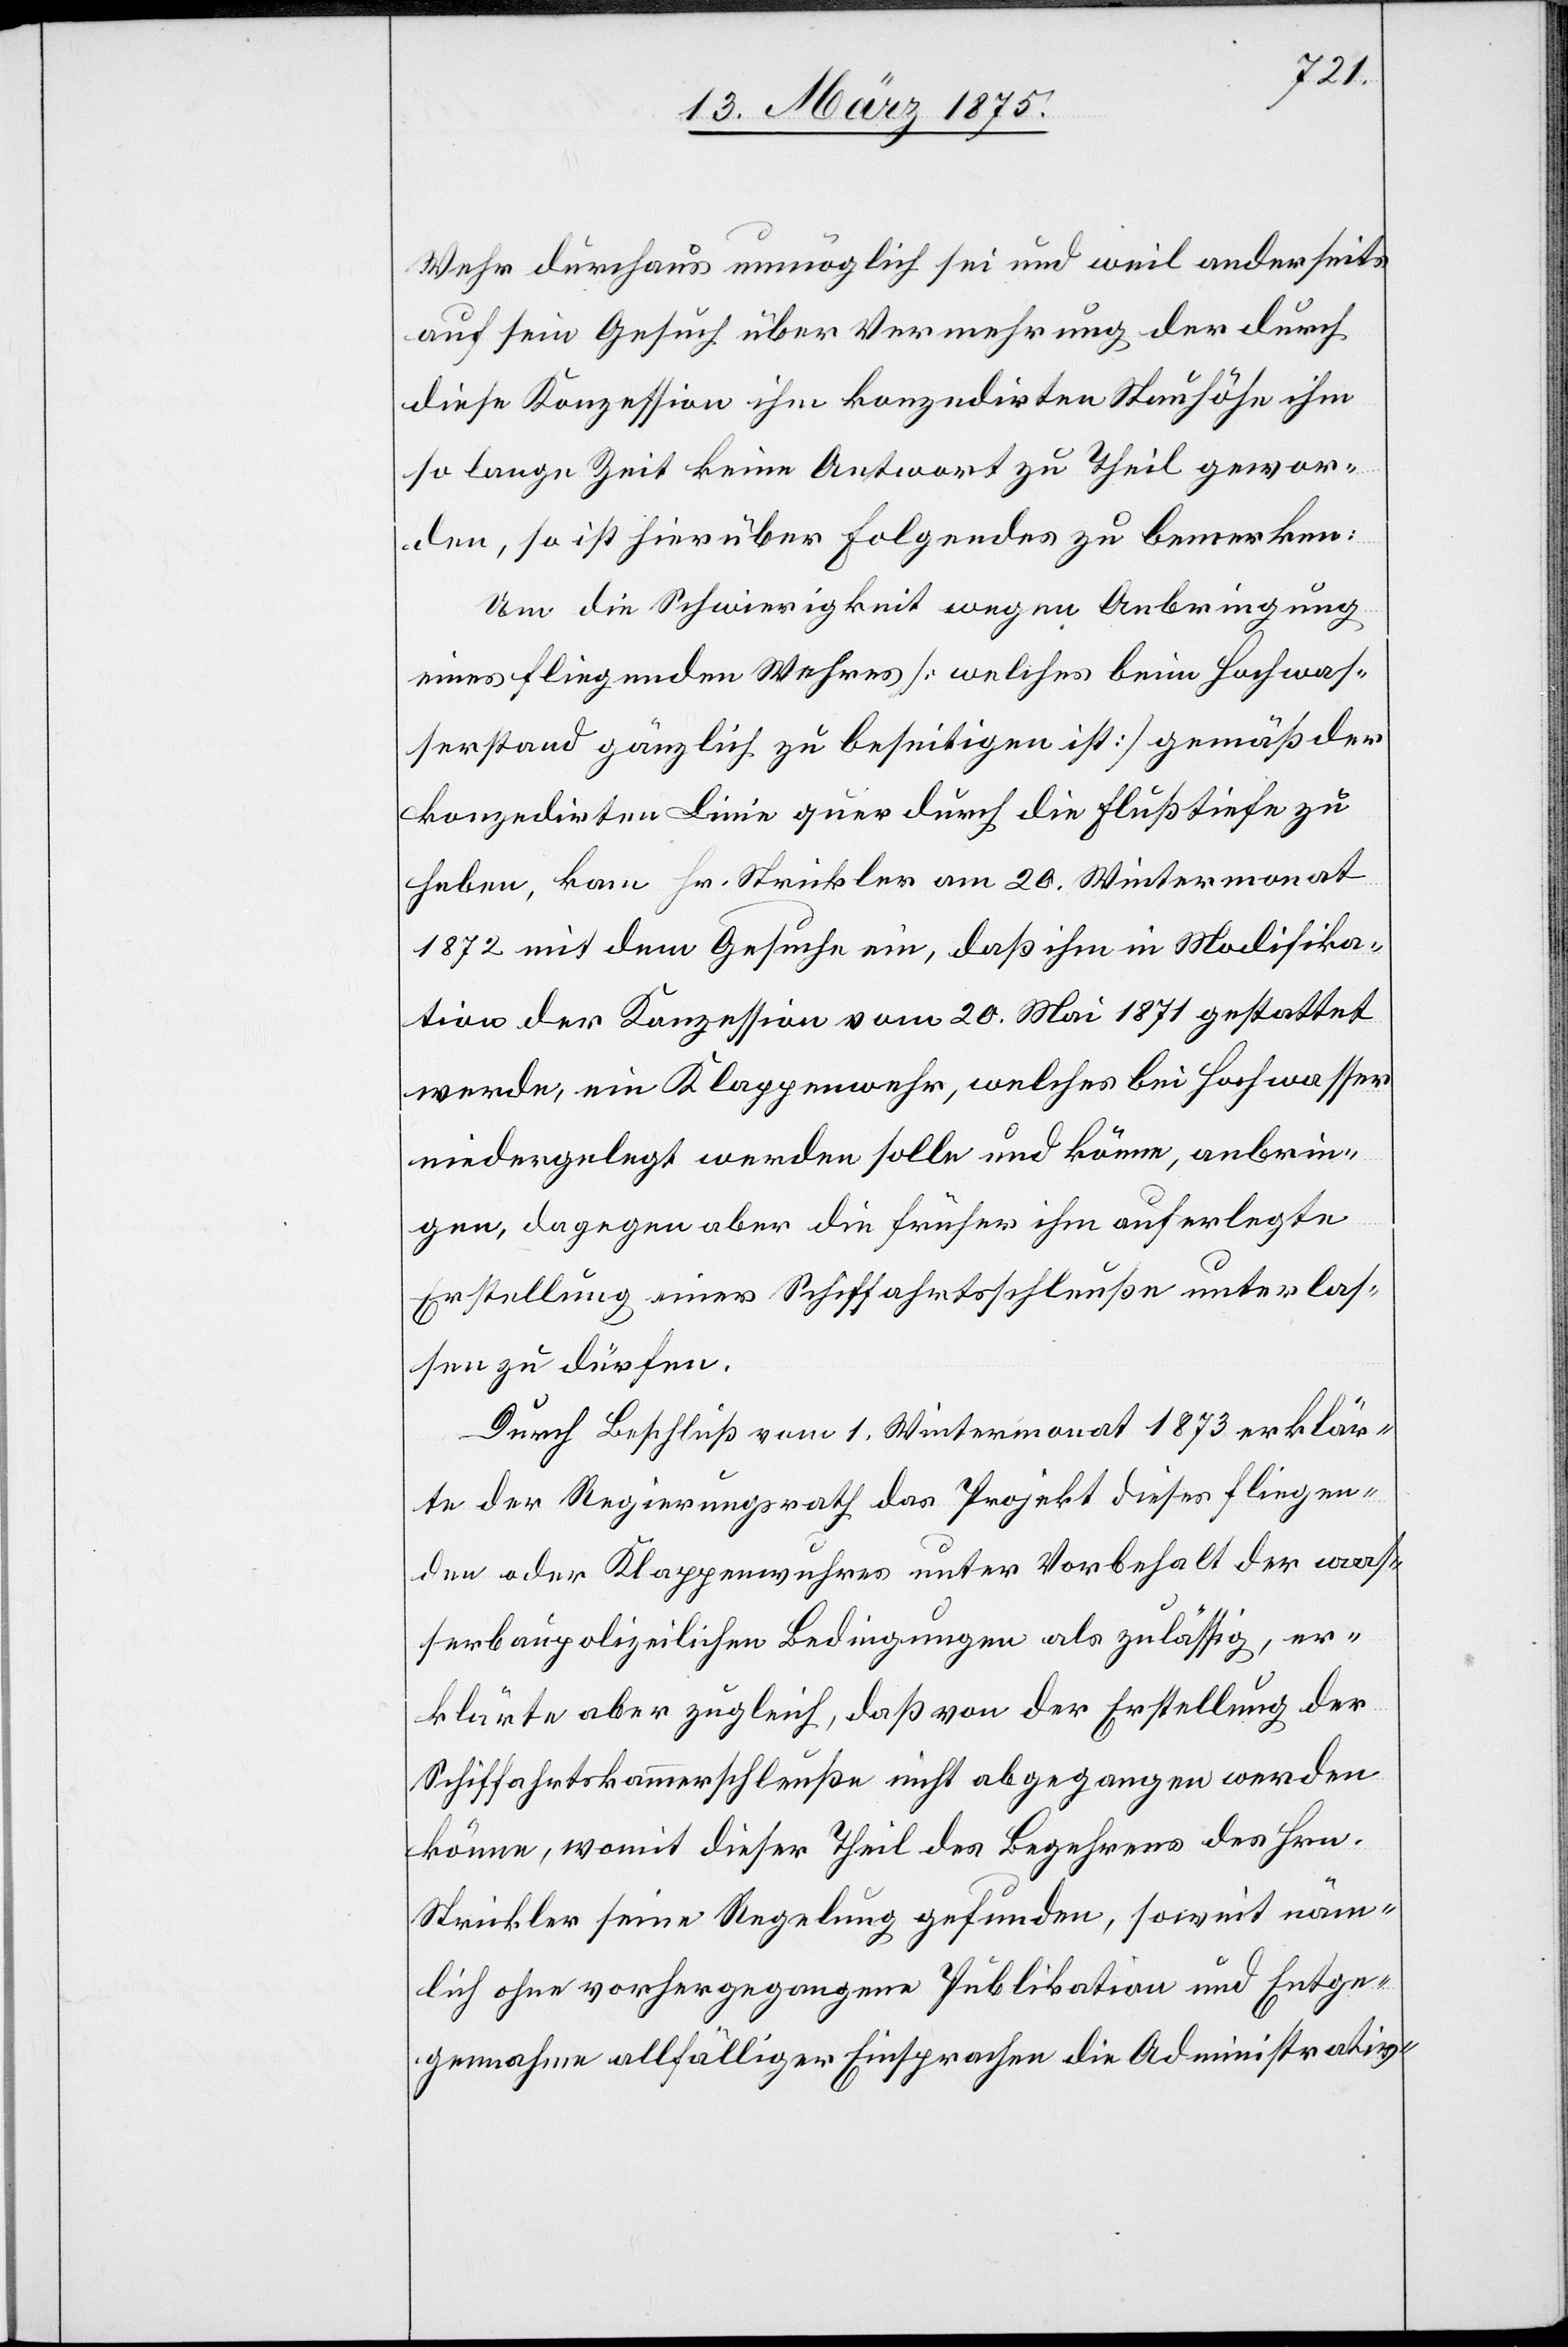
den,
Wehr durchaus unmöglich sei und weil anderseits
auf sein Gesuch über Vermehrung der durch
diese Konzession ihm konzedirten Stauhöhe ihm
so lange Zeit keine Antwort zu Theil gewor¬
Um die Schwierigkeit wegen Anbringung
eines fliegenden Wehres [welches beim Hochwas¬
serstand gänzlich zu beseitigen ist] gemäß der
konzedirten Linie quer durch die Flußtiefe zu
haben, kam Hr. Strickler am 20. Wintermonat
1872 mit dem Gesuche ein, daß ihm in Modifika¬
tion der Konzession vom 20. Mai 1871 gestattet
werde, ein Klappenwehr, welches bei Hochwasser
niedergelegt werden solle und könne, anbrin¬
gen, dagegen aber die früher ihm auferlegte
Erstellung eines Schiffahrtsschleuße unterlas¬
sen zu dürfen.
Durch Entschluss vom 1. Wintermonat 1873 erklär¬
te der Regierungsrath das Projekt dieses fliegen¬
den oder Klappenwuhres unter Vorbehalt der was¬
serbaupolizeilichen Bedingungen als zulässig, er¬
klärte aber zugleich, daß von der Erstellung der
Schiffahrtskammerschleuße nicht abgegangen werden
könne, womit dieser Theil des Begehrens des Hrn.
Strickler seine Regelung gefunden, soweit näm¬
lich ohne vorhergegangene Publikation und Entge¬
gennahme allfälliger Einsprachen, die Administrativ-